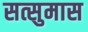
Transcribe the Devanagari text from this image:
सत्सुमास